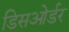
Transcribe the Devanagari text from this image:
डिसओर्डर